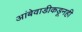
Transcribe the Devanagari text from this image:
आंबेवाडीकडूनही